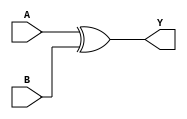
module subtractor(input A, input B, output Y);
    assign Y = A ^ B;
endmodule